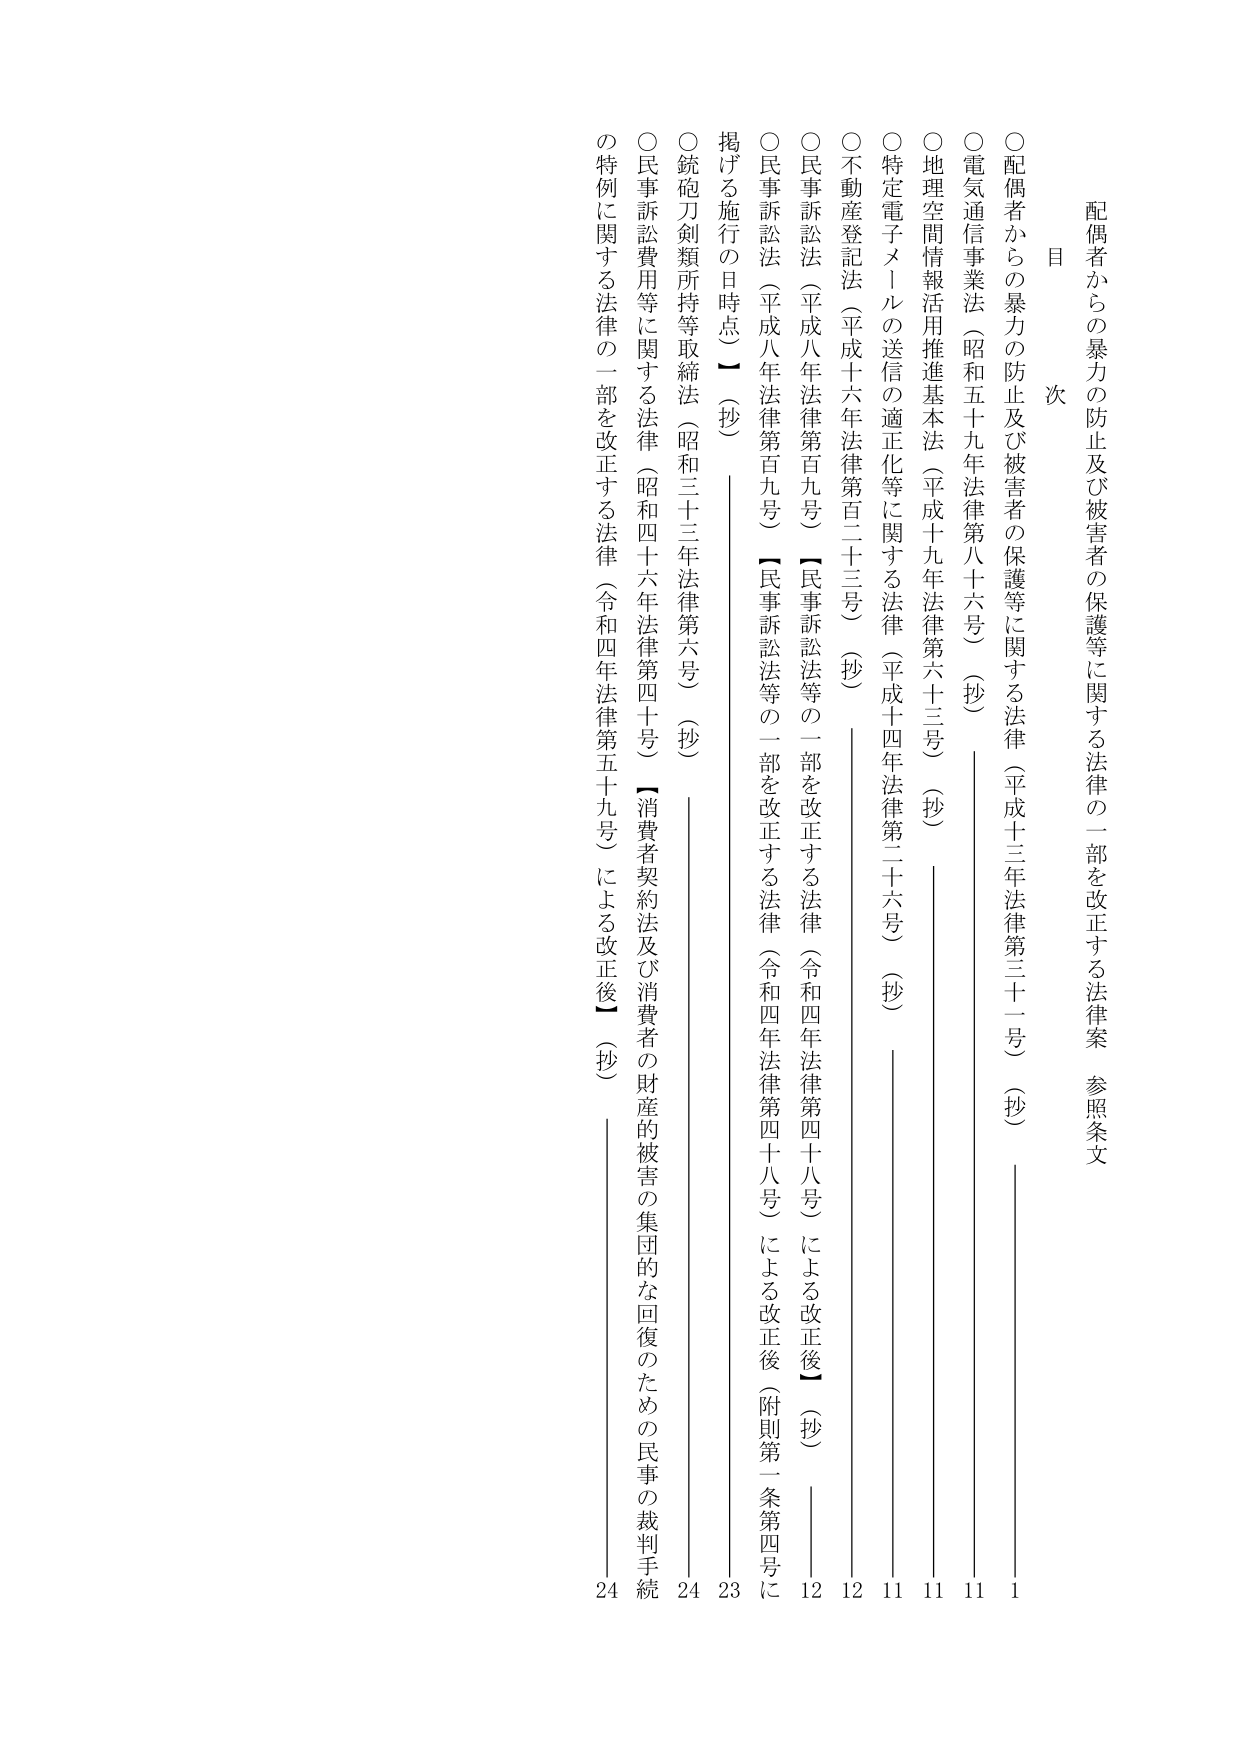
配偶者からの暴力の防止及び被害者の保護等に関する法律の一部を改正する法律案 参照条文

目 次

○配偶者からの暴力の防止及び被害者の保護等に関する法律（平成十三年法律第三十一号）（抄） 1
○電気通信事業法（昭和五十九年法律第八十六号）（抄） 11
○地理空間情報活用推進基本法（平成十九年法律第六十三号）（抄） 11
○特定電子メールの送信の適正化等に関する法律（平成十四年法律第二十六号）（抄） 11
○不動産登記法（平成十六年法律第百二十三号）（抄） 12
○民事訴訟法（平成八年法律第百九号）【民事訴訟法等の一部を改正する法律（令和四年法律第四十八号）による改正後】（抄） 12
掲げる施行の日時点）（抄） 23
○銃砲刀剣類所持等取締法（昭和三十三年法律第六号）（抄） 24
○民事訴訟費用等に関する法律（昭和四十六年法律第四十号）【消費者契約法及び消費者の財産的被害の集団的な回復のための民事の裁判手続の特例に関する法律の一部を改正する法律（令和四年法律第五十九号）による改正後】（抄） 24